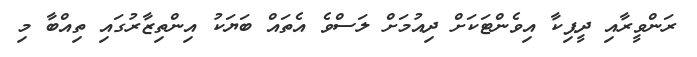
ރަންވީރާއި ދީޕިކާ އިވެންޓަކަށް ދިއުމަށް ލަސްވެ އެތައް ބަޔަކު އިންތިޒާރުގައި ތިއްބާ މި